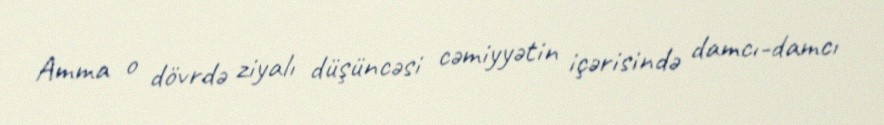
Amma o dövrdə ziyalı düşüncəsi cəmiyyətin içərisində damcı-damcı